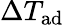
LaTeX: \Delta T_{\mathrm{{ad}}}